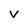
Character: v